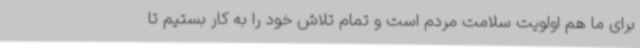
برای ما هم اولویت سلامت مردم است و تمام تلاش خود را به کار بستیم تا